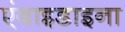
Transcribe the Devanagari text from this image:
एंबाइडाइना